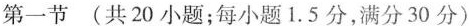
第一节(共20小题;每小题1.5分,满分30分)